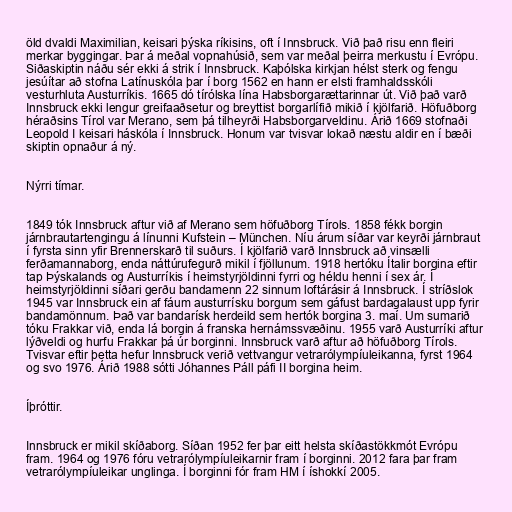
öld dvaldi Maximilian, keisari þýska ríkisins, oft í Innsbruck. Við það risu enn fleiri
merkar byggingar. Þar á meðal vopnahúsið, sem var meðal þeirra merkustu í Evrópu.
Siðaskiptin náðu sér ekki á strik í Innsbruck. Kaþólska kirkjan hélst sterk og fengu
jesúítar að stofna Latínuskóla þar í borg 1562 en hann er elsti framhaldsskóli
vesturhluta Austurríkis. 1665 dó tírólska lína Habsborgarættarinnar út. Við það varð
Innsbruck ekki lengur greifaaðsetur og breyttist borgarlífið mikið í kjölfarið. Höfuðborg
héraðsins Tírol var Merano, sem þá tilheyrði Habsborgarveldinu. Árið 1669 stofnaði
Leopold I keisari háskóla í Innsbruck. Honum var tvisvar lokað næstu aldir en í bæði
skiptin opnaður á ný.

Nýrri tímar.

1849 tók Innsbruck aftur við af Merano sem höfuðborg Tírols. 1858 fékk borgin
járnbrautartengingu á línunni Kufstein – München. Níu árum síðar var keyrði járnbraut
í fyrsta sinn yfir Brennerskarð til suðurs. Í kjölfarið varð Innsbruck að vinsælli
ferðamannaborg, enda náttúrufegurð mikil í fjöllunum. 1918 hertóku Ítalir borgina eftir
tap Þýskalands og Austurríkis í heimstyrjöldinni fyrri og héldu henni í sex ár. Í
heimstyrjöldinni síðari gerðu bandamenn 22 sinnum loftárásir á Innsbruck. Í stríðslok
1945 var Innsbruck ein af fáum austurrísku borgum sem gáfust bardagalaust upp fyrir
bandamönnum. Það var bandarísk herdeild sem hertók borgina 3. maí. Um sumarið
tóku Frakkar við, enda lá borgin á franska hernámssvæðinu. 1955 varð Austurríki aftur
lýðveldi og hurfu Frakkar þá úr borginni. Innsbruck varð aftur að höfuðborg Tírols.
Tvisvar eftir þetta hefur Innsbruck verið vettvangur vetrarólympíuleikanna, fyrst 1964
og svo 1976. Árið 1988 sótti Jóhannes Páll páfi II borgina heim.

Íþróttir.

Innsbruck er mikil skíðaborg. Síðan 1952 fer þar eitt helsta skíðastökkmót Evrópu
fram. 1964 og 1976 fóru vetrarólympíuleikarnir fram í borginni. 2012 fara þar fram
vetrarólympíuleikar unglinga. Í borginni fór fram HM í íshokkí 2005.